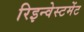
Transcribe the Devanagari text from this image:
रिइन्वेस्टमेंट